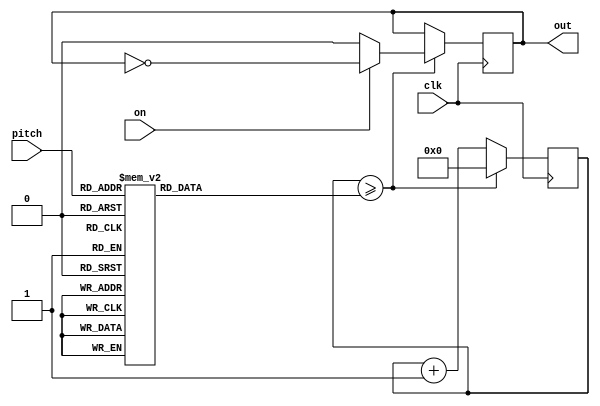
module sound_controller(clk, on, pitch, out);

	input clk, on;
	input [3:0] pitch;
	output reg out;
	
	reg [31:0] counter;
	reg [31:0] maxCounter;
	
	initial begin
		counter = 32'd0;
		maxCounter = 32'd113636;
		out = 0;
	end
	
	always @ (pitch) begin
		case (pitch)
			4'b0000: maxCounter <= 32'd113636; // A   3
			4'b0001: maxCounter <= 32'd101215; // B
			4'b0010: maxCounter <= 32'd90253;  // C#
			4'b0011: maxCounter <= 32'd85034;  // D
			4'b0100: maxCounter <= 32'd75758;  // E
			4'b0101: maxCounter <= 32'd67568;  // F#
			4'b0110: maxCounter <= 32'd60241;  // G#
			4'b0111: maxCounter <= 32'd56818;  // A   4
			4'b1000: maxCounter <= 32'd50607;  // B
			4'b1001: maxCounter <= 32'd45126;  // C#
			4'b1010: maxCounter <= 32'd42589;  // D
			4'b1011: maxCounter <= 32'd37936;  // E
			4'b1100: maxCounter <= 32'd33784;  // F#
			4'b1101: maxCounter <= 32'd30084;  // G#
			4'b1110: maxCounter <= 32'd28409;  // A   5
			4'b1111: maxCounter <= 32'd28409;  // A   5
		endcase
	end
	
	always @ (posedge clk) begin
		if (counter >= maxCounter)
			begin
				if (on)
					out <= ~out;
				else
					out <= 0;
				counter <= 32'd0;
			end
		else
			counter <= counter + 32'd1;
	end
	
endmodule